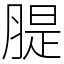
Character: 䐎